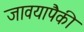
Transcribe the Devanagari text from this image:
जावयापैकी